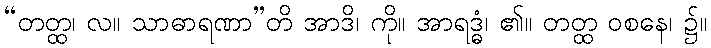
“တတ္ထ၊ လ။ သာဓာရဏာ”တိ အာဒိ၊ ကို။ အာရဒ္ဓံ၊ ၏။ တတ္ထ ဝစနေ၊ ၌။